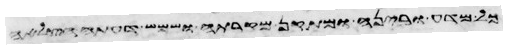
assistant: כדה מעליה ותאמר שתה וגם גמליך אשקה